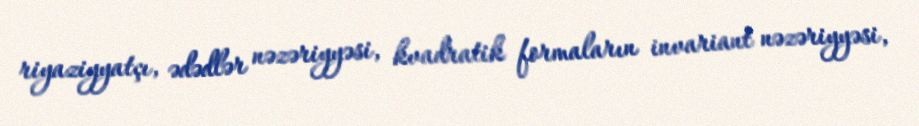
riyaziyyatçı, ədədlər nəzəriyyəsi, kvadratik formaların invariant nəzəriyyəsi,